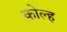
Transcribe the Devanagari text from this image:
कोल्ह